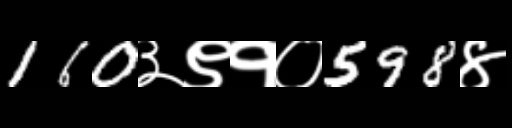
Text: 160३९१०598४